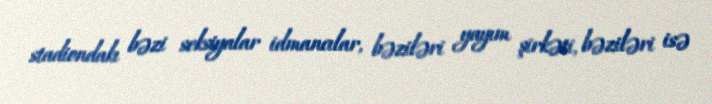
stadiondakı bəzi seksiyalar idmancılar, bəziləri yayım şirkəti, bəziləri isə